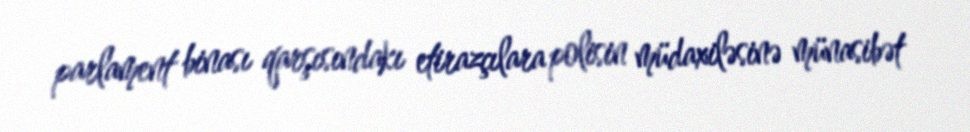
parlament binası qarşısındakı etirazçılara polisin müdaxiləsinə münasibət